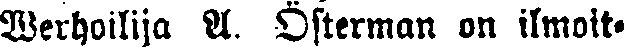
Verhoilija A. Österman on ilmoit-